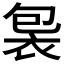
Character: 𧙘